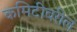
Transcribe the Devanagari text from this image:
कमिटीवरील